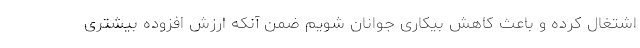
اشتغال کرده و باعث کاهش بیکاری جوانان شویم ضمن آنکه ارزش افزوده بیشتری